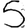
Digit: 5